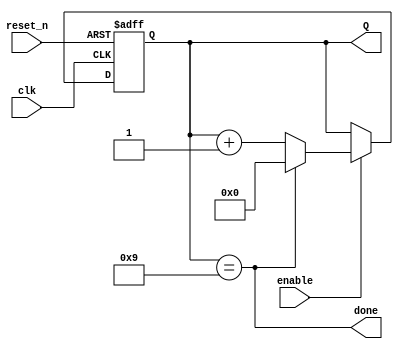
module BCD_counter (
input clk, reset_n,
input enable,
output [3:0] Q,
output done
);
reg [3:0] Q_reg, Q_next;
always @(posedge clk, negedge reset_n)

begin  
        Q_reg <= Q_reg;
        if(!reset_n)
        Q_reg <= 'b0;
        else if (enable)
        Q_reg <= Q_next;
        else
        Q_reg <= Q_reg;    
end
assign done = Q_reg == 9;
always @(*)
begin
    Q_next = done? 'b0: Q_reg +1;
end
assign Q = Q_reg;
endmodule